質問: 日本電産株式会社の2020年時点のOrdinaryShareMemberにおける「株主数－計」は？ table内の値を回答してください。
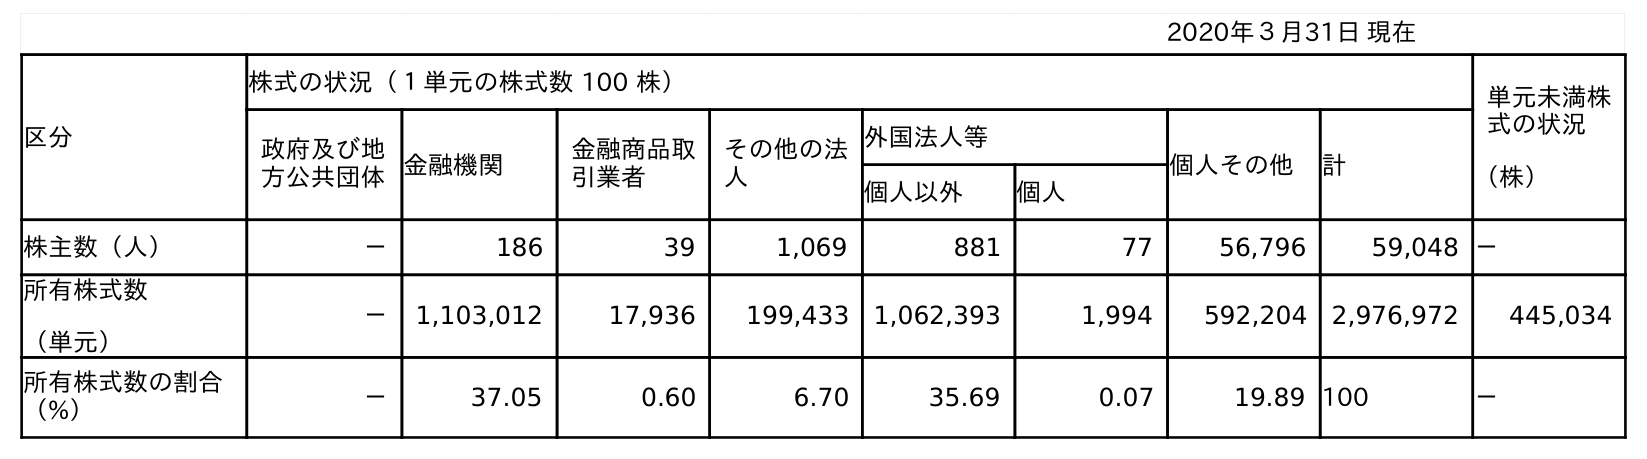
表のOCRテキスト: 2020年３月31日 現在 区分 株式の状況（１単元の株式数 100 株） 単元未満株 式の状況 （株） 政府及び地 方公共団体金融機関 金融商品取 引業者 その他の法 人 外国法人等 個人その他 計 個人以外 個人 株主数（人） － 186 39 1,069 881 77 56,796 59,048 － 所有株式数 （単元） － 1,103,012 17,936 199,433 1,062,393 1,994 592,204 2,976,972 445,034 所有株式数の割合 （%） － 37.05 0.60 6.70 35.69 0.07 19.89 100 －
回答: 59,048